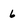
Character: 6